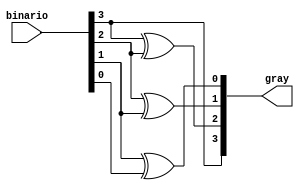
`timescale 1ns / 1ps
module Cod( binario, gray );
 
input      [3:0] binario;
output reg [3:0] gray;
 
always@(*)
begin
 
    gray[3] = binario[3];
    gray[2] = binario[3] ^ binario[2];
    gray[1] = binario[2] ^ binario[1];
    gray[0] = binario[1] ^ binario[0];
 
end
endmodule